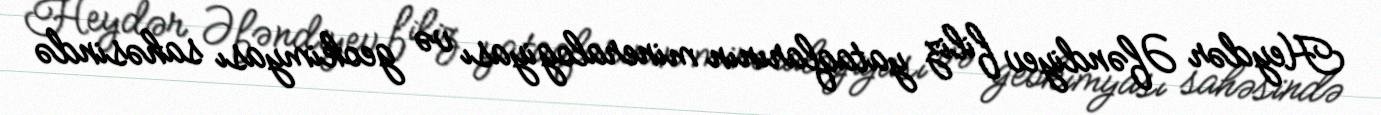
Heydər Əfəndiyev filiz yataqlarının mineralogiyası və geokimyası sahəsində